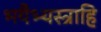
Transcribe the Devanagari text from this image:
भयैभ्यस्त्राहि